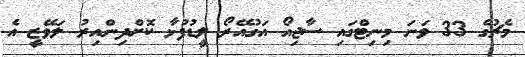
މެޗުގެ 33 ވަނަ މިނިޓްގައި ސާޖިއޯ އަގުއޭރޯ ލީޑުފުޅާ ކޮށްދިންއިރު ލަވޭޒީ އެ